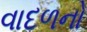
વાદળનો